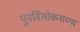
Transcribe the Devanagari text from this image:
पुनर्विलोकनाच्या